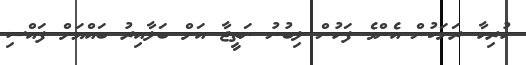
ހުރިހާ ރަށަކުން އެންމެ ފަހުން ލިބުނު ނަތީޖާ އަށް ބަލާއިރު ބައްޔަށް ފައްސި